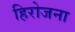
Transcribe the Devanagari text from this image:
हिरोजना